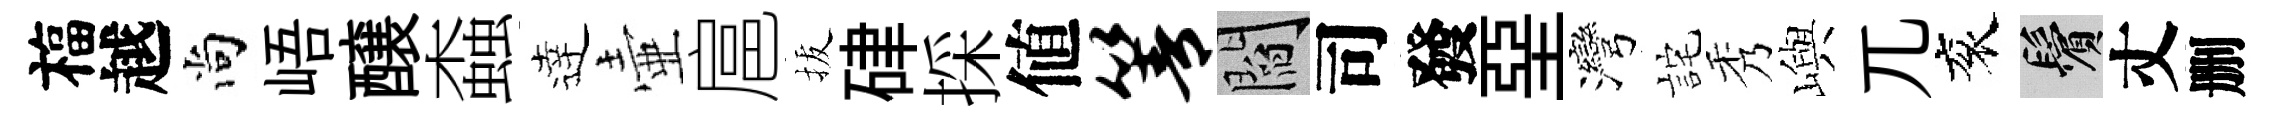
福越尚峿醸螙逹壷扈拔硉採値箐閻司發堊灣詫秀嶼兀衮鬢丈删